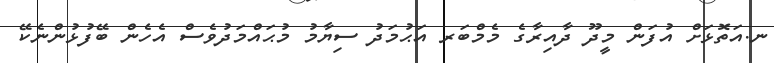
ނ.އަތޮޅަށް އުފަން މީދޫ ދާއިރާގެ މެމްބަރ އަޙުމަދު ސިޔާމު މުޙައްމަދުވެސް އެހެން ބޭފުޅުންނެކޭ